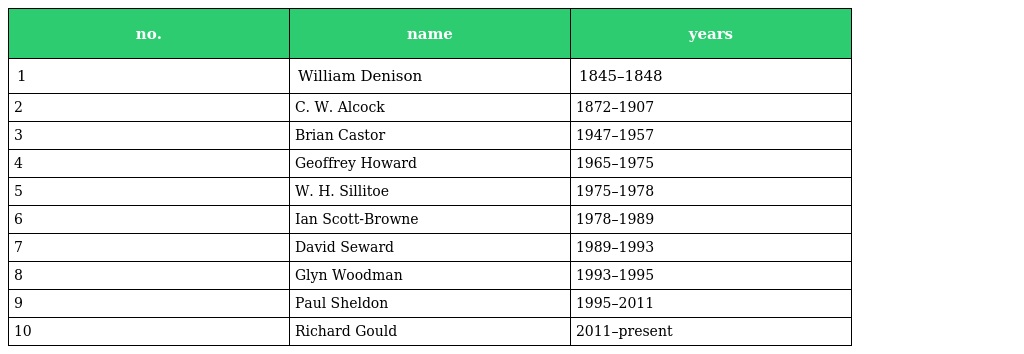
| no. | name | years |
 | --- | --- | --- |
 | 1 | William Denison | 1845–1848 |
 | 2 | C. W. Alcock | 1872–1907 |
 | 3 | Brian Castor | 1947–1957 |
 | 4 | Geoffrey Howard | 1965–1975 |
 | 5 | W. H. Sillitoe | 1975–1978 |
 | 6 | Ian Scott-Browne | 1978–1989 |
 | 7 | David Seward | 1989–1993 |
 | 8 | Glyn Woodman | 1993–1995 |
 | 9 | Paul Sheldon | 1995–2011 |
 | 10 | Richard Gould | 2011–present |